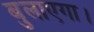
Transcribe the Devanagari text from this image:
बुलाएगा।